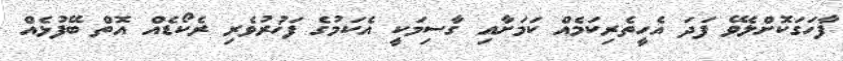
ފާހަގަކޮށްލެވޭ ފަދަ އެހީތެރިކަމެއް ކަމަށާއި ގާސިމަކީ އެކަމުގެ ފަޚުރުވެރި ރެކޯޑެއް އޮތް ބޭފުޅެއް